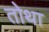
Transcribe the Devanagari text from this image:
तोथा